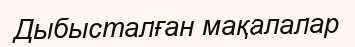
Дыбысталған мақалалар